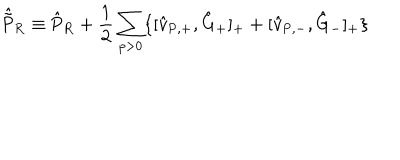
\hat { \tilde { \mathrm { P } } } _ { \mathrm { R } } \equiv \hat { \mathrm { P } } _ { \mathrm { R } } + \frac { 1 } { 2 } \sum _ { p > 0 } \{ [ \hat { v } _ { \mathrm { P , + } } , \hat { \mathrm { G } } _ { + } ] _ { + } + [ \hat { v } _ { \mathrm { P , - } } , \hat { \mathrm { G } } _ { - } ] _ { + } \}